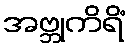
အဗ္ဘုကိရိံ